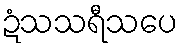
ဍံသသရီသပေ